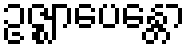
ဥဇ္ဈာပေန္တော